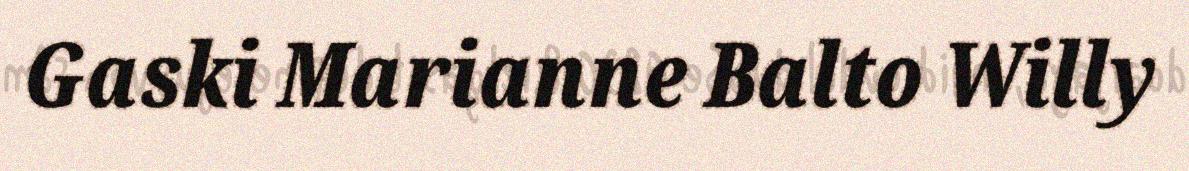
Gaski Marianne Balto Willy